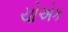
ચોએક